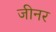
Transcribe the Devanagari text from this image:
जीनर